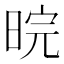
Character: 晥